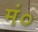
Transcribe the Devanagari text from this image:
मं०